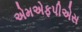
એમએફપીએસ